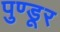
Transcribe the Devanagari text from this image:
पुण्डूर